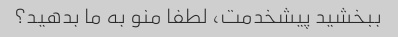
ببخشید پیشخدمت، لطفا منو به ما بدهید؟